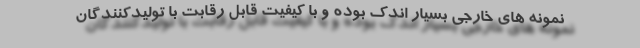
نمونه های خارجی بسیار اندک بوده و با کیفیت قابل رقابت با تولیدکنندگان